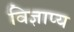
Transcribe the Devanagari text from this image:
विज्ञाप्य